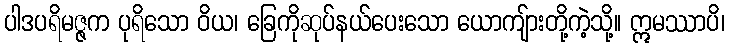
ပါဒပရိမဇ္ဇက ပုရိသော ဝိယ၊ ခြေကိုဆုပ်နယ်ပေးသော ယောကျ်ားတို့ကဲ့သို့။ ဣမဿာပိ၊